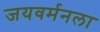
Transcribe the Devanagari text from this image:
जयवर्मनला